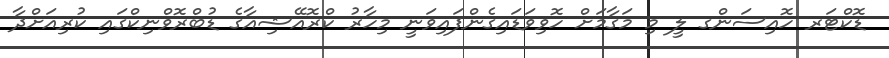
ޑޮކްޓަރ ހޮއިސަންގ ލީ މި މަގާމަށް ހޮވިވަޑައިގެންފައިވަނީ މިހާރު ކްރޮއޭޝިއާގެ ޑުބްރޮވްނިކްގައި ކުރިއަށްދާ